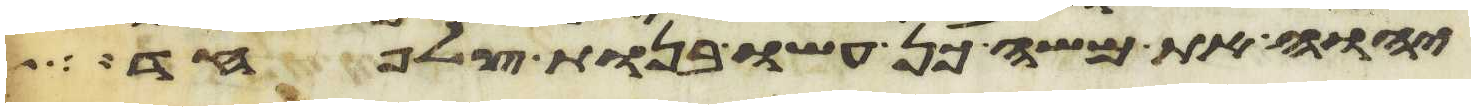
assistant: יהוה את משה כן עשו בנות צלפחד